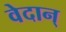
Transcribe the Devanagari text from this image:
वेदान्